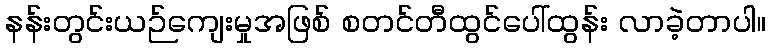
နန်းတွင်းယဉ်ကျေးမှုအဖြစ် စတင်တီထွင်ပေါ်ထွန်း လာခဲ့တာပါ။